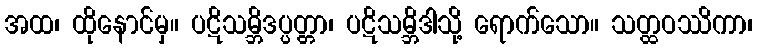
အထ၊ ထိုနောင်မှ။ ပဋိသမ္ဘိဒပ္ပတ္တာ၊ ပဋိသမ္ဘိဒါသို့ ရောက်သော။ သတ္ထဝဿိကာ၊